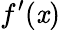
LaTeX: f^{\prime}(\mathit{x})